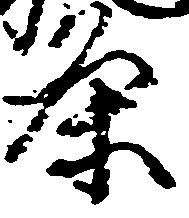
条